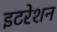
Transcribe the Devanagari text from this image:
इटरेशन